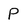
Character: P